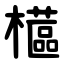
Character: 櫙